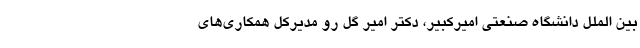
بین الملل دانشگاه صنعتی امیرکبیر، دکتر امیر گل رو مدیرکل همکاری‌های